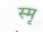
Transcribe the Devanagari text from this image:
स्मृ